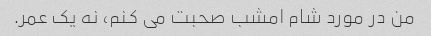
من در مورد شام امشب صحبت می کنم، نه یک عمر.